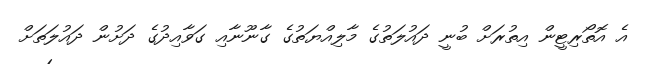
އެ އޮތޯރިޓީން އިތުރަށް ބުނީ ދައުލަތުގެ މާލިއްޔަތުގެ ގާނޫނާއި ގަވާއިދުގެ ދަށުން ދައުލަަތަށް